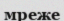
мреже